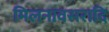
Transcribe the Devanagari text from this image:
मिलनावसरादि